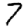
Digit: 7